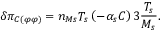
\delta \pi _ { C \left( \varphi \varphi \right) } = n _ { M s } T _ { s } \left( - \alpha _ { s } C \right) 3 \frac { T _ { s } } { M _ { s } } .